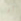
أو